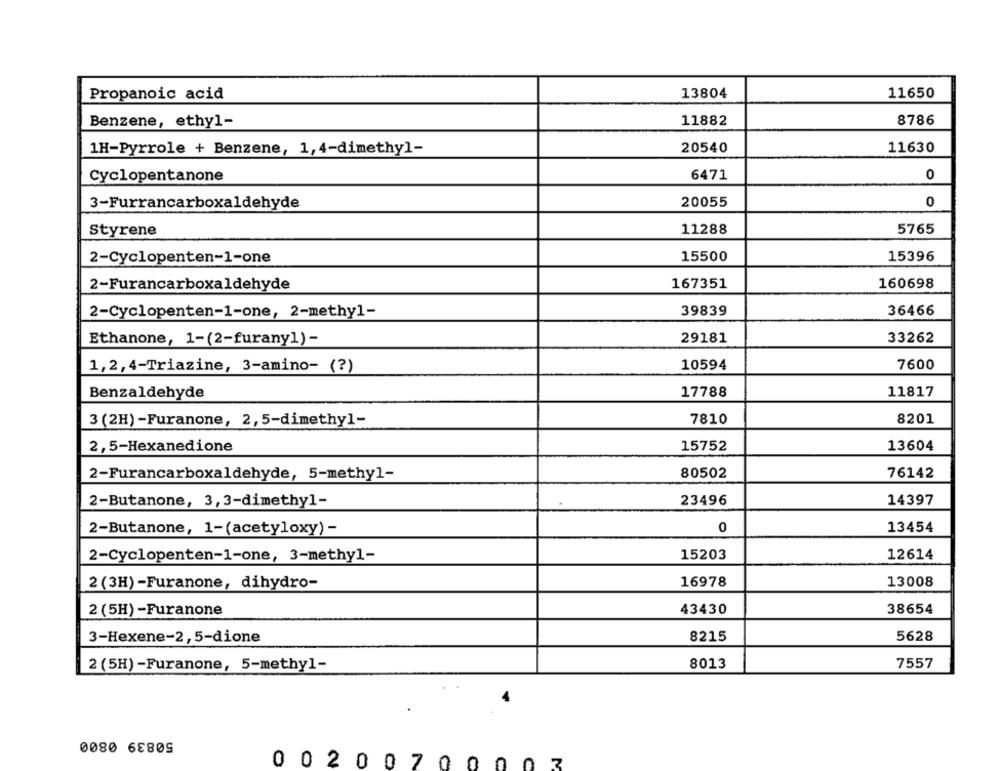
13804
Propanoic acid
11650
Benzene, ethyl-
11882
8786
1H-Pyrrole + Benzene, 1,4-dimethyl-
20540
11630
Cyclopentanone
6471
0
0
3-Furrancarboxaldehyde
20055
Styrene
11288
5765
2-Cyclopenten-1-one
15500
15396
2-Furancarboxaldehyde
167351
160698
2-Cyclopenten-1-one, 2-methyl-
39839
36466
Ethanone, 1-(2-furany1)-
29181
33262
1,2,4-Triazine, 3-amino- (?)
10594
7600
Benzaldehyde
17788
11817
3 (2H) -Furanone, 2,5-dimethyl-
7810
8201
2,5-Hexanedione
15752
13604
2-Furancarboxaldehyde, 5-methyl-
80502
76142
2-Butanone, 3,3-dimethyl-
23496
14397
2-Butanone, 1-(acetyloxy) -
0
13454
15203
2-Cyclopenten-1-one, 3-methyl-
12614
2 (3H) -Furanone, dihydro-
16978
13008
43430
38654
2 (5H) -Furanone
3-Hexene-2,5-dione
8215
5628
2 (5H) -Furanone, 5-methyl-
8013
7557
50839 0800
0 02007 0 0 0 0 7